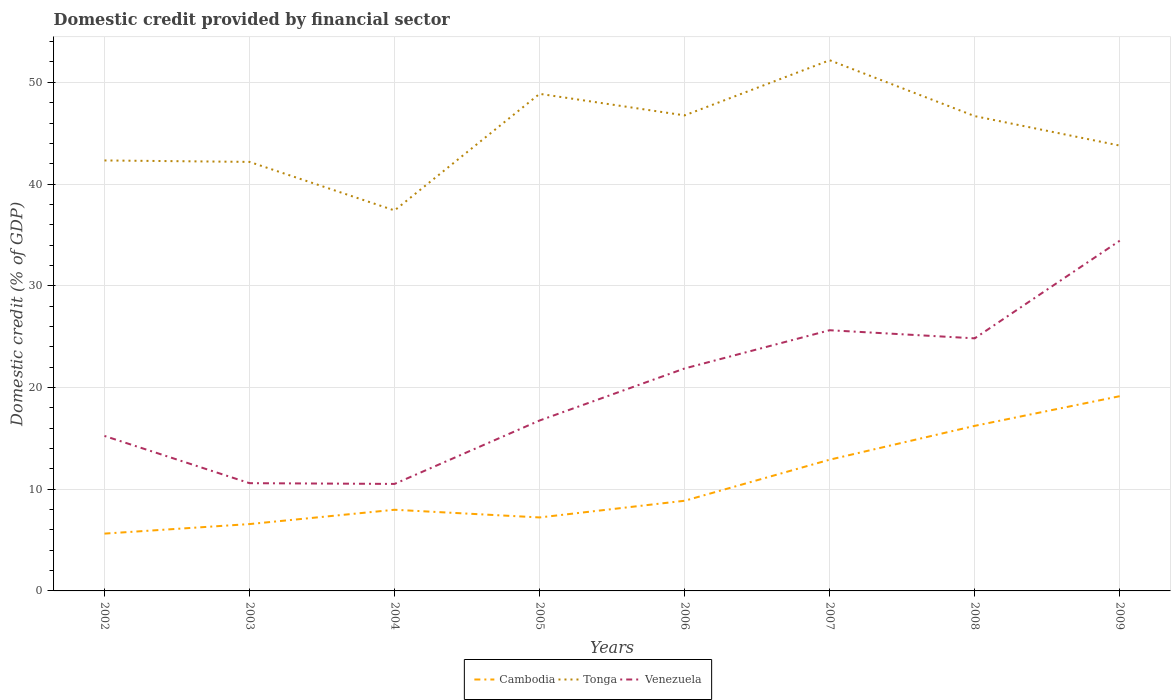
| Years | Cambodia | Tonga | Venezuela |
 | --- | --- | --- | --- |
 | 2002 | 5.63 | 42.3 | 15.2 |
 | 2003 | 6.57 | 42.2 | 10.6 |
 | 2004 | 7.98 | 37.4 | 10.5 |
 | 2005 | 7.22 | 48.9 | 16.8 |
 | 2006 | 8.86 | 46.8 | 21.9 |
 | 2007 | 12.9 | 52.2 | 25.6 |
 | 2008 | 16.2 | 46.7 | 24.8 |
 | 2009 | 19.1 | 43.8 | 34.4 |